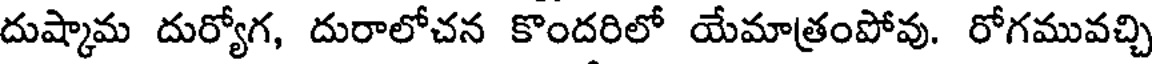
దుష్కామ దుర్యోగ, దురాలోచన కొందరిలో యేమాత్రంపోవు. రోగమువచ్చి